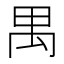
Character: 禺